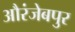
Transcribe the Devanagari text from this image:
औरंजेबपुर